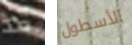
قد الأسطول